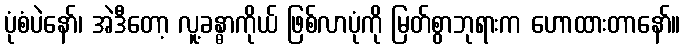
ပုံစံပဲနော်၊ အဲဒီတော့ လူ့ခန္ဓာကိုယ် ဖြစ်လာပုံကို မြတ်စွာဘုရားက ဟောထားတာနော်။